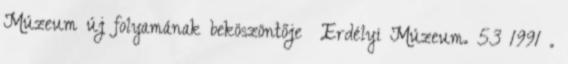
Múzeum új folyamának beköszöntője Erdélyi Múzeum. 53 1991 .